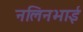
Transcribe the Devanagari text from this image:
नलिनभाई